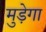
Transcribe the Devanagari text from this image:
मुड़ेगा